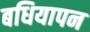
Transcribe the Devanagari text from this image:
बधियापन